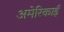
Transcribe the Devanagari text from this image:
अमेरिकाई